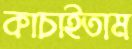
কাচাইতাম